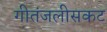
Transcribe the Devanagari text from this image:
गीतंजलीसकट